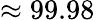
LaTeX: \approx 99.98\